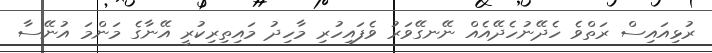
ރުޅިއައިސް ރަތްވެ ހެދޭނުހެދޭއެއް ނޭނގޭވަރު ވެފައިހުރި މާހިދު މައިތިރިކުރީ އޭނާގެ މަންމަ އުނޭސާ